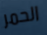
الحمر